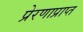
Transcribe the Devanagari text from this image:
प्रेरणाप्राप्त